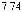
7.74